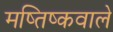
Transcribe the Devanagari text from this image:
मष्तिष्कवाले